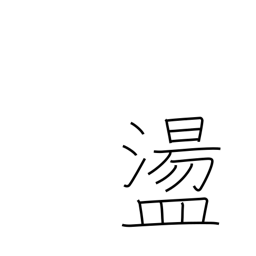
Meaning: captivated